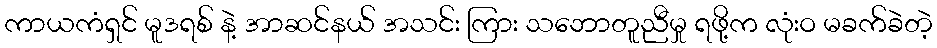
ကာယကံရှင် မူဒရစ် နဲ့ အာဆင်နယ် အသင်း ကြား သဘောတူညီမှု ရဖို့က လုံးဝ မခက်ခဲတဲ့